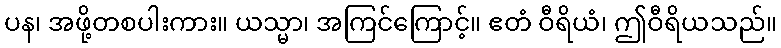
ပန၊ အဖို့တစပါးကား။ ယသ္မာ၊ အကြင်ကြောင့်။ ဧတံ ဝီရိယံ၊ ဤဝီရိယသည်။